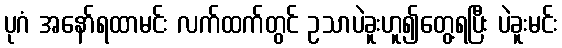
ပုဂံ အနော်ရထာမင်း လက်ထက်တွင် ဥသာပဲခူးဟူ၍တွေ့ရပြီး ပဲခူးမင်း